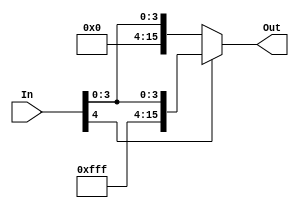
module SignExtend(Out, In);
	input 	[4:0] 	In;
	output 	[15:0] 	Out;
	
	assign Out = In[4] ? {11'b11111111111, In}:{11'b00000000000, In};
	
endmodule